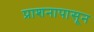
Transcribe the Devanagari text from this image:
प्राशनापासून